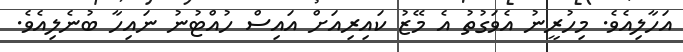
އަހާލިއެވެ. މިހުރީނު އެވަގުތު އެ މޭޒު ކައިރިއަށް އައިސް ހުއްޓުނު ނައިހާ ބުނެލިއެވެ.